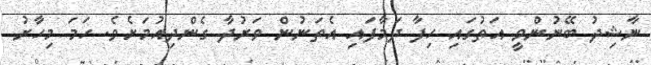
ނާޝިދު ބޭނުންވީ އަތުގައި ހިފާ ދަމާފައި އެތަނުން ވަރުދާ ގެންދިއުމަށެވެ. ހަމަ މިހާރު